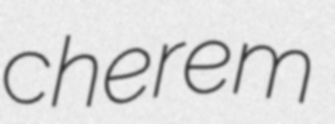
cherem